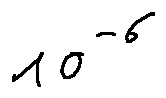
1 0 ^ { - 6 }